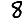
Digit: 8